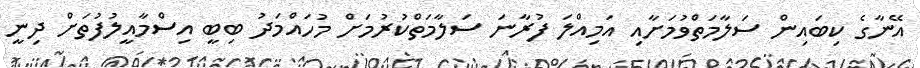
އޭނާގެ ކިބައިން ސަލާމަތްވުމަށާއި އަމިއްލަ ފުރާނަ ސަލާމަތްކުރުމަށް މުހައްމަދު ބިބީ އިސްމާއީލުފުތަށް ދިނީ